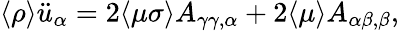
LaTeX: \langle\rho\rangle\ddot{u}_{\alpha}=2\langle\mu\sigma\rangle A_{\gamma\gamma,\alpha}+2\langle\mu\rangle A_{\alpha\beta,\beta},